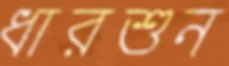
ধারশুন